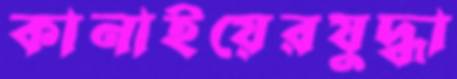
কানাইয়েরযুদ্ধা